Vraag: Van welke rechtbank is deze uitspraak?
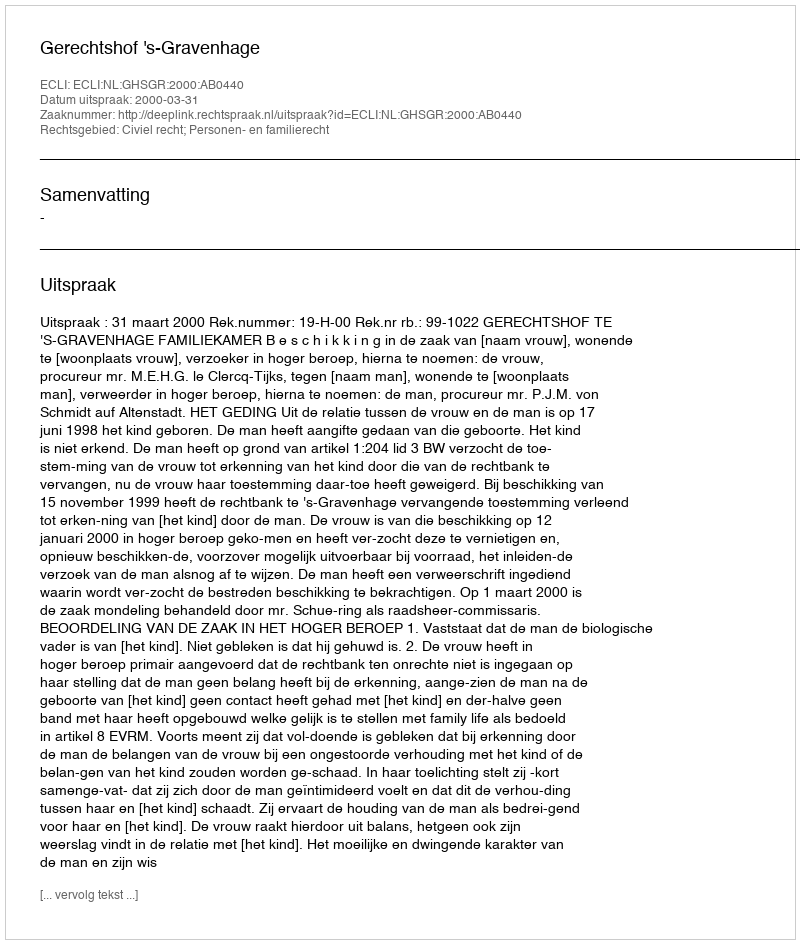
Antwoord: Gerechtshof 's-Gravenhage